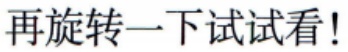
再旋转一下试试看!